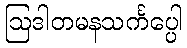
ဩဒါတမနသင်္ကပ္ပေါ